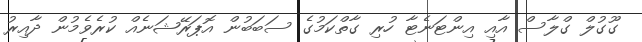
ގޫގުލް ގްލާސް އާއި އިންޓަނެޓާ ހުރި ގާތްކަމުގެ ސަބަބުން އޮޕަރޭޝަނެއް ކުރެވެމުން ދާއިރު